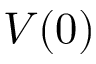
V ( 0 )